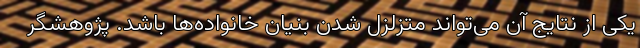
یکی از نتایج آن می‌تواند متزلزل شدن بنیان خانواده‌ها باشد. پژوهشگر